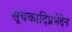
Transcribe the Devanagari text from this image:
सूचकादिप्रभेदेन